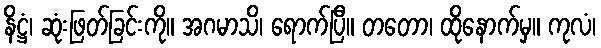
နိဋ္ဌံ၊ ဆုံးဖြတ်ခြင်းကို။ အဂမာသိ၊ ရောက်ပြီ။ တတော၊ ထိုနောက်မှ။ ကုလံ၊